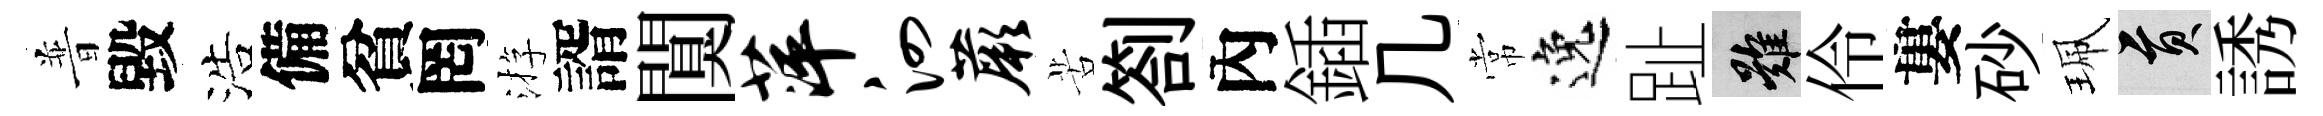
普毀浩備貧罔㳺諝闃萍泗蕨苦劄內鍤几常逸趾難伶婁砂珮貢誘